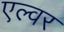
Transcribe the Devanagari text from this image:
एल्वर